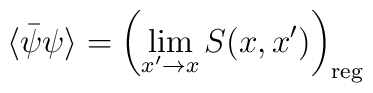
\langle \bar{\psi}\psi\rangle = \left(\lim_{x'\rightarrow x}S(x,x')\right)_{\rm reg}